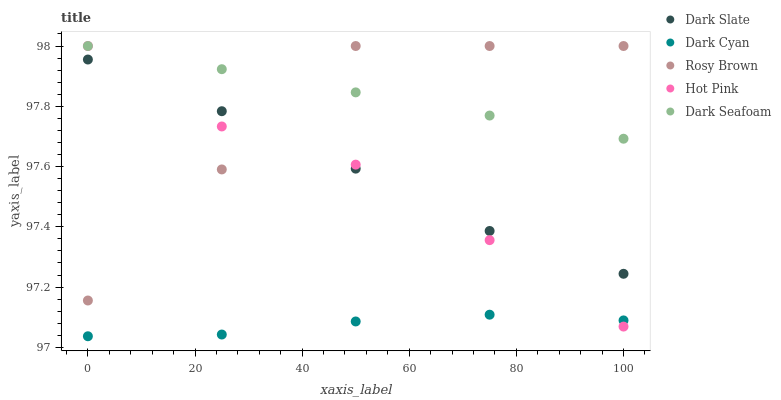
| xaxis_label | Dark Slate | Dark Cyan | Rosy Brown | Hot Pink | Dark Seafoam |
 | --- | --- | --- | --- | --- | --- |
 | 0 | 98 | 97 | 97.2 | 98 | 98 |
 | 25 | 97.8 | 97 | 97.6 | 97.7 | 97.9 |
 | 50 | 97.6 | 97.1 | 98 | 97.6 | 97.8 |
 | 75 | 97.4 | 97.1 | 98 | 97.4 | 97.8 |
 | 100 | 97.2 | 97.1 | 98 | 97.1 | 97.7 |